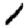
Digit: 1